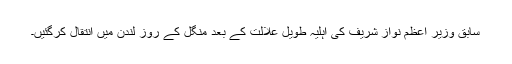
سابق وزیر اعظم نواز شریف کی اہلیہ طویل علالت کے بعد منگل کے روز لندن میں انتقال کرگئیں۔